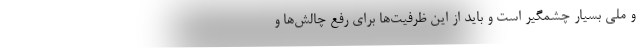
و ملی بسیار چشمگیر است و باید از این ظرفیت‌ها برای رفع چالش‌ها و